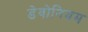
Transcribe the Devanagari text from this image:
डेवोनियम